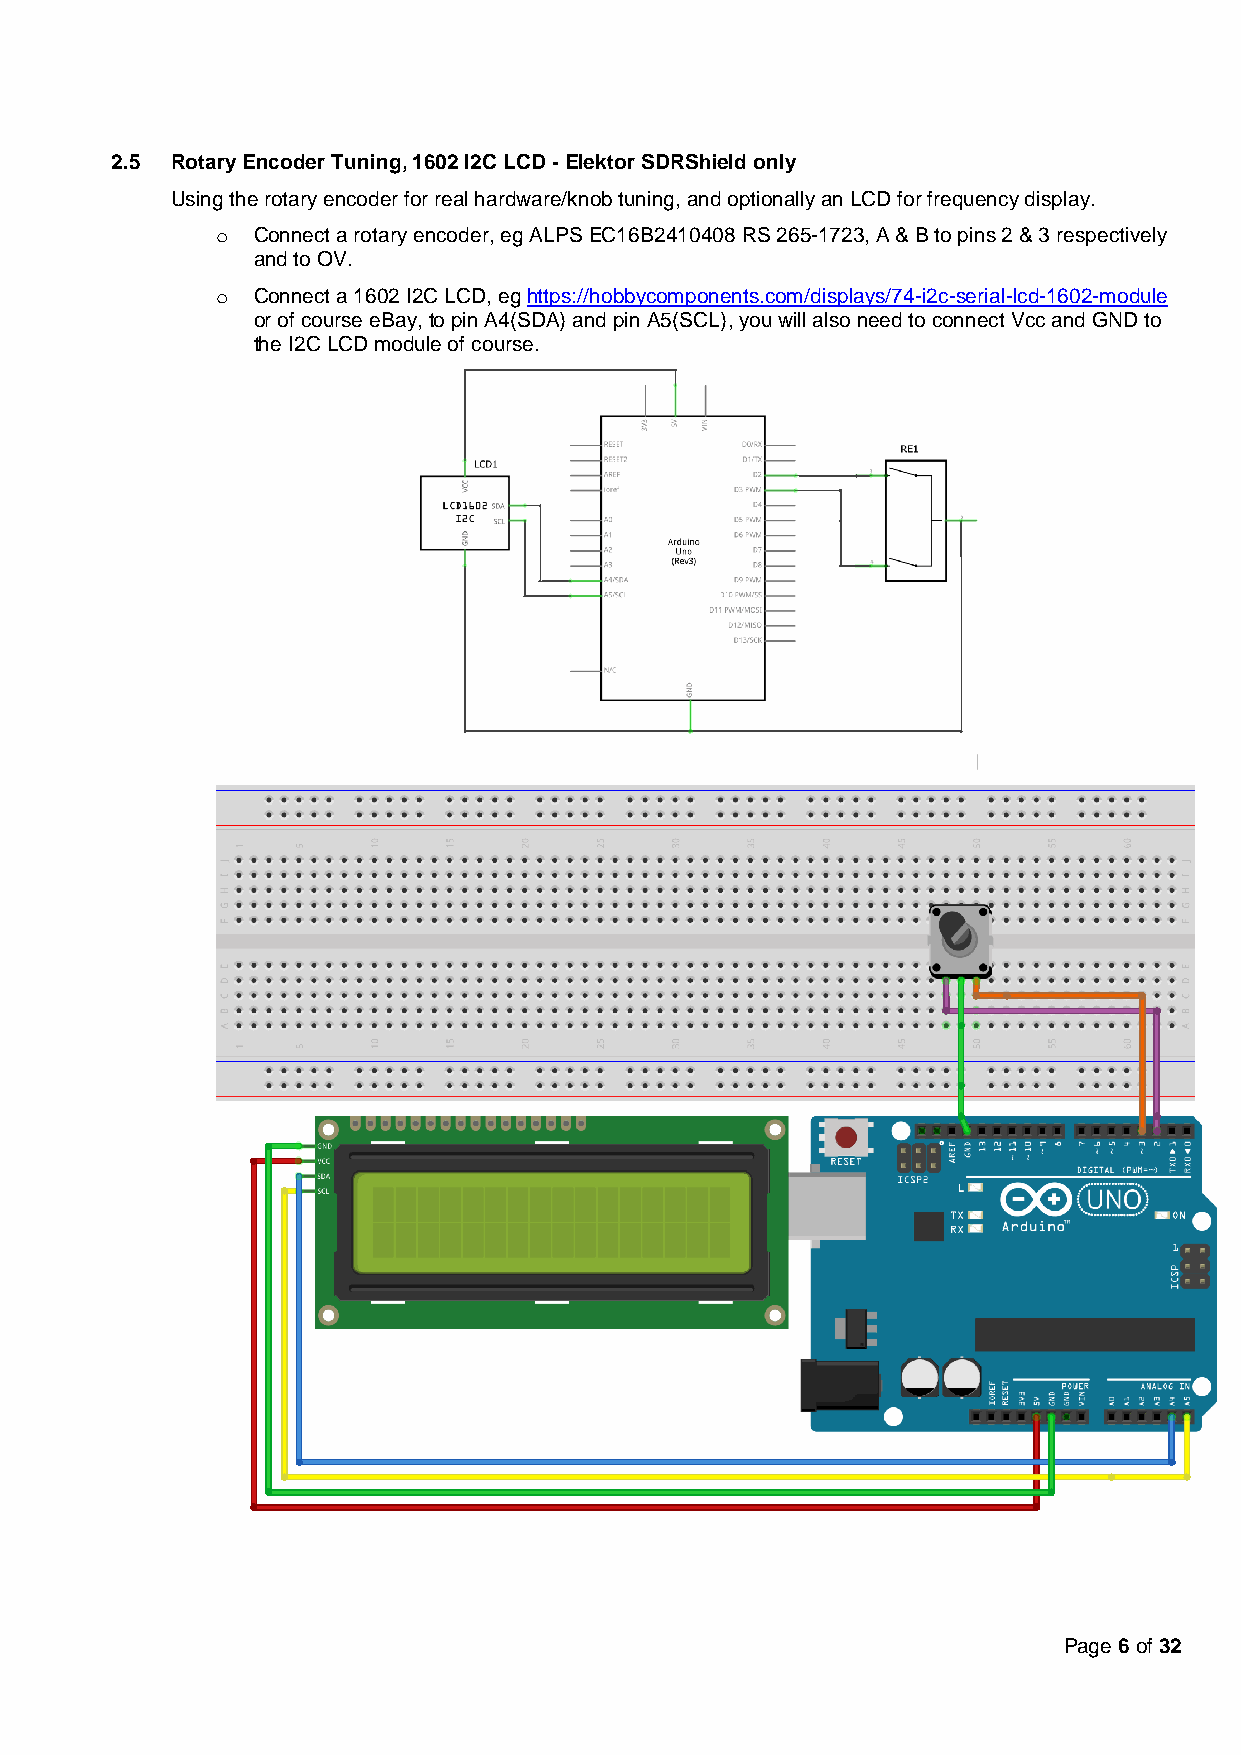
2.5 Rotary Encoder Tuning, 1602 I2C LCD - Elektor SDRShield only
 Using the rotary encoder for real hardware/knob tuning, and optionally an LCD for frequency display.
 o  Connect a rotary encoder, eg ALPS EC16B2410408 RS 265-1723, A & B to pins 2 & 3 respectively
 and to OV.
 o  Connect a 1602 I2C LCD, eg https://hobbycomponents.com/displays/74-i2c-serial-lcd-1602-module
 or of course eBay, to pin A4(SDA) and pin A5(SCL), you will also need to connect Vcc and GND to
 the I2C LCD module of course.
 Page 6 of 32